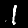
Digit: 1